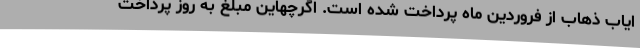
ایاب ذهاب از فروردین ماه پرداخت شده است. اگرچهاین مبلغ به روز پرداخت